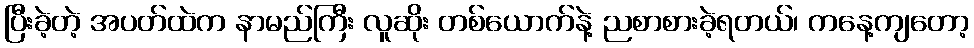
ပြီးခဲ့တဲ့ အပတ်ထဲက နာမည်ကြီး လူဆိုး တစ်ယောက်နဲ့ ညစာစားခဲ့ရတယ်၊ ကနေ့ကျတော့